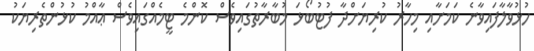
ހުޅުވާލާފައިވާނެ ކަމަށާއި މިހާރު ކުރިޔަށްދާ ފުޓުބޯޅަ މުބާރާތުގައިވެސް ކޮންމެ ޓީމެއްގައިވެސް ޢާއްމު ކުޅުންތެރިޔަކު